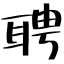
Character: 聘